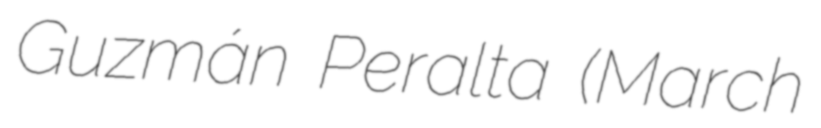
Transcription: Guzmán Peralta (March